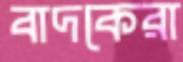
বাদকেরা